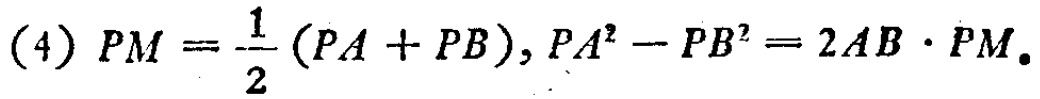
(4) \(PM = \frac{1}{2}(PA + PB),PA^{2}-PB^{2}=2AB\cdot PM\)